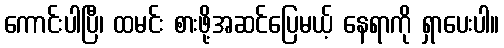
ကောင်းပါပြီ၊ ထမင်း စားဖို့အဆင်ပြေမယ့် နေရာကို ရှာပေးပါ။